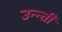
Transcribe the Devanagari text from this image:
उन्न्ती